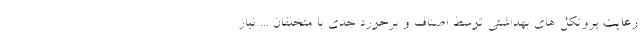
رعایت پروتکل های بهداشتی توسط اصناف و برخورد جدی با متخلفان ... نیاز